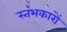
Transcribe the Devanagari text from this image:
स्‍तंभकारों